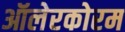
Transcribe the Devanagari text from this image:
ऑलेरकोरम